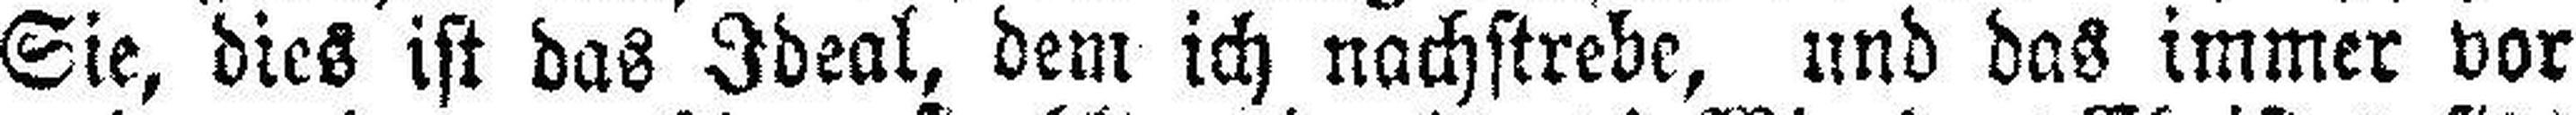
Sie, dies ist das Ideal, dem ich nachstrebe, und das immer vor